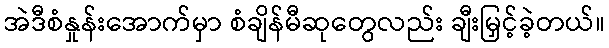
အဲဒီစံနှုန်းအောက်မှာ စံချိန်မီဆုတွေလည်း ချီးမြှင့်ခဲ့တယ်။